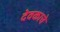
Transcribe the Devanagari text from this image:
देवकाचे